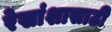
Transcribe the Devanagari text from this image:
रेखांशासाठी